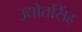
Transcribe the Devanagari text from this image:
उद्योतसिंह